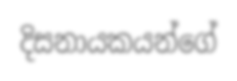
දිසනායකයන්ගේ